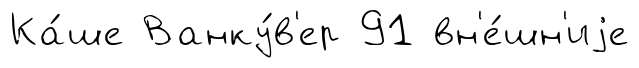
Ка́ше Ванку́в'ер 91 вн'е́шн'иjе